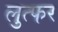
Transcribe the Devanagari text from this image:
लुत्फर